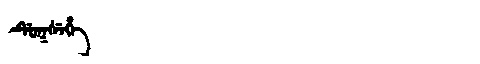
Manchu: ᡩᡠᡴᠰᡝᡥᡝ
Romanization: DUKSEHE